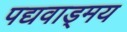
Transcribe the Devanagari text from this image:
पद्यवाड्मय